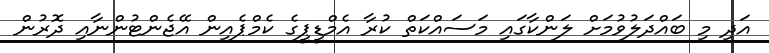
އަދި މި ބައްދަލުވުމަށް ލަންކާގައި މަސައްކަތް ކުރާ އެމްޑީޕީގެ ކެމްޕެއިން އޭޖެންޓުންނާއި ދޮރުން